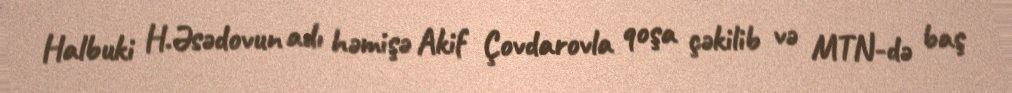
Halbuki H.Əsədovun adı həmişə Akif Çovdarovla qoşa çəkilib və MTN-də baş